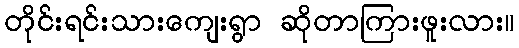
တိုင်းရင်းသားကျေးရွာ ဆိုတာကြားဖူးလား။